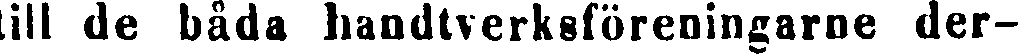
till de båda handtverksföreningarne der-